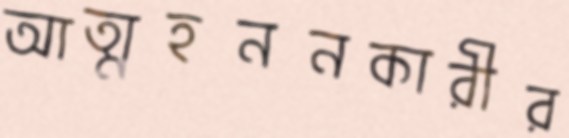
আত্মহননকারীর